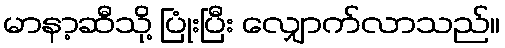
မာနာ့ဆီသို့ ပြုံးပြီး လျှောက်လာသည်။